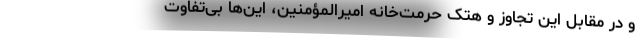
و در مقابل این تجاوز و هتک حرمت‌خانه امیرالمؤمنین، این‌ها بی‌تفاوت